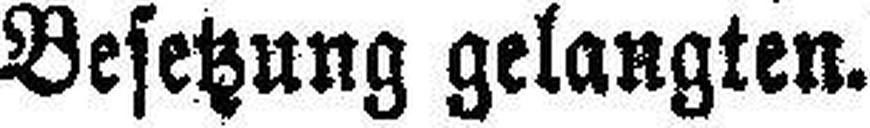
Besetzung gelangten.